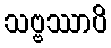
သဗ္ဗဿာပိ